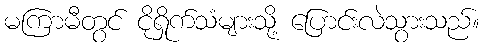
မကြာမီတွင် ငိုရှိုက်သံများသို့ ပြောင်းလဲသွားသည်။